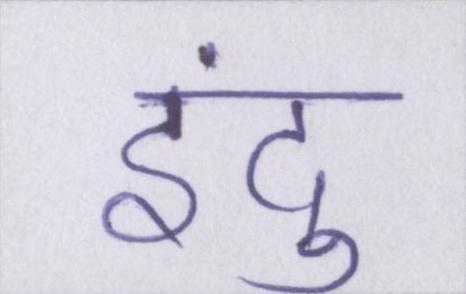
इंदु